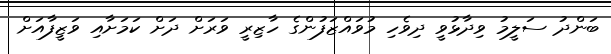
ބަންދު ސަލީމު ވިދާޅުވީ ދިވެހި މުވައްޒަފުންގެ ހާޒިރީ ވަރަށް ދަށް ކަމަށާއި ވަޒީފާއަށް